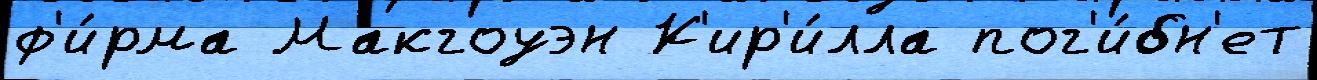
ф'и́рма Макгоуэн К'ир'и́лла пог'и́бн'ет